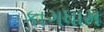
કાગધામ